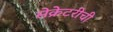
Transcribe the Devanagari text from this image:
सेक्रेटरीची